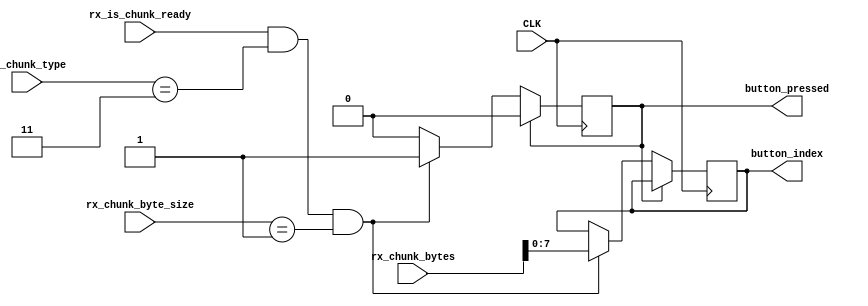
module v_buttons #(
	// What is the chunk type
	parameter [7:0] INTERFACE_RX_CHUNK_TYPE = 3,
	// The size of the chunk in bytes (maximum chunk size essentially)
	parameter RX_CONTENT_BUFFER_BYTE_SIZE = 3,
	// How many bits needed to index the whole buffer
	parameter RX_CONTENT_BUFFER_INDEX_SIZE = 32
)(
	// clock pin
	input CLK,

	// chunked RX inputs
	input [7:0] rx_chunk_type,
	input [(RX_CONTENT_BUFFER_BYTE_SIZE * 8) - 1:0] rx_chunk_bytes,
	input [RX_CONTENT_BUFFER_INDEX_SIZE - 1:0] rx_chunk_byte_size,
	input rx_is_chunk_ready,

	// last received button signal
	output [7:0] button_index,
	output button_pressed
);
	// What's the last updated button index
	reg [7:0] r_button_index = 0;
	// The RX chunk type
	reg [7:0] r_rx_chunk_type = INTERFACE_RX_CHUNK_TYPE;

	// Copy button index when available
	parameter R_VBUTTONS_STATE_SIZE = 1;
	parameter R_VBUTTONS_IDLE = 0;
	parameter R_VBUTTONS_BUTTON_PRESSED = 1;
	reg [R_VBUTTONS_STATE_SIZE - 1:0] r_vbuttons_state = R_VBUTTONS_IDLE;

	always @(posedge CLK)
	begin
		case (r_vbuttons_state)
			R_VBUTTONS_IDLE: begin
				if (rx_is_chunk_ready && rx_chunk_type == r_rx_chunk_type && rx_chunk_byte_size == 1) begin
					r_button_index[7:0] <= rx_chunk_bytes[7:0];
					r_vbuttons_state <= R_VBUTTONS_BUTTON_PRESSED;
				end
			end
			R_VBUTTONS_BUTTON_PRESSED: begin
				r_vbuttons_state <= R_VBUTTONS_IDLE;
			end
		endcase
	end

	// Outputs
	assign button_index = r_button_index;
	assign button_pressed = r_vbuttons_state == R_VBUTTONS_BUTTON_PRESSED;
endmodule